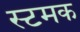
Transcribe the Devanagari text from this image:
स्टमक